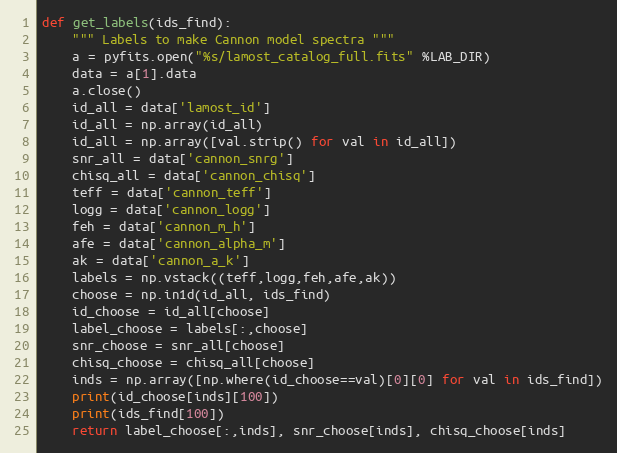
Language: Python
def get_labels(ids_find):
    """ Labels to make Cannon model spectra """
    a = pyfits.open("%s/lamost_catalog_full.fits" %LAB_DIR)
    data = a[1].data
    a.close()
    id_all = data['lamost_id']
    id_all = np.array(id_all)
    id_all = np.array([val.strip() for val in id_all])
    snr_all = data['cannon_snrg']
    chisq_all = data['cannon_chisq']
    teff = data['cannon_teff']
    logg = data['cannon_logg']
    feh = data['cannon_m_h']
    afe = data['cannon_alpha_m']
    ak = data['cannon_a_k']
    labels = np.vstack((teff,logg,feh,afe,ak))
    choose = np.in1d(id_all, ids_find)
    id_choose = id_all[choose]
    label_choose = labels[:,choose]
    snr_choose = snr_all[choose]
    chisq_choose = chisq_all[choose]
    inds = np.array([np.where(id_choose==val)[0][0] for val in ids_find])
    print(id_choose[inds][100])
    print(ids_find[100])
    return label_choose[:,inds], snr_choose[inds], chisq_choose[inds]